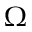
\Omega